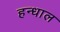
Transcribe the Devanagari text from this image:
हन्धाल